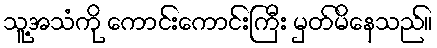
သူ့အသံကို ကောင်းကောင်းကြီး မှတ်မိနေသည်။